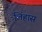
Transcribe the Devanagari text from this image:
लिंहास